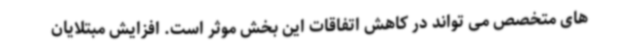
های متخصص می تواند در کاهش اتفاقات این بخش موثر است. افزایش مبتلایان